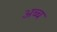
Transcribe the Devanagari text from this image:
अब्ब